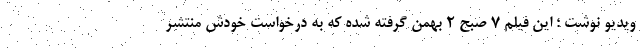
ویدیو نوشت ؛ این فیلم ۷ صبح ۲ بهمن گرفته شده که به درخواست خودش منتشر